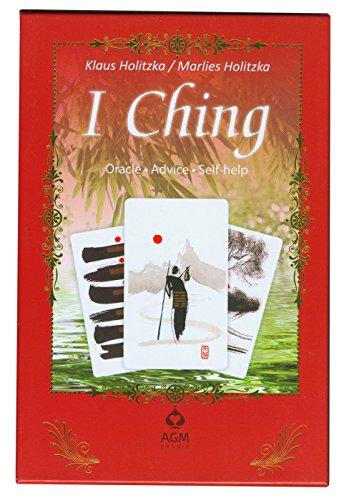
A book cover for I Ching: The Chinese Book of Changes (Library of Oracles); Marlies Holitzka; Religion & Spirituality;